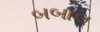
બબાલ